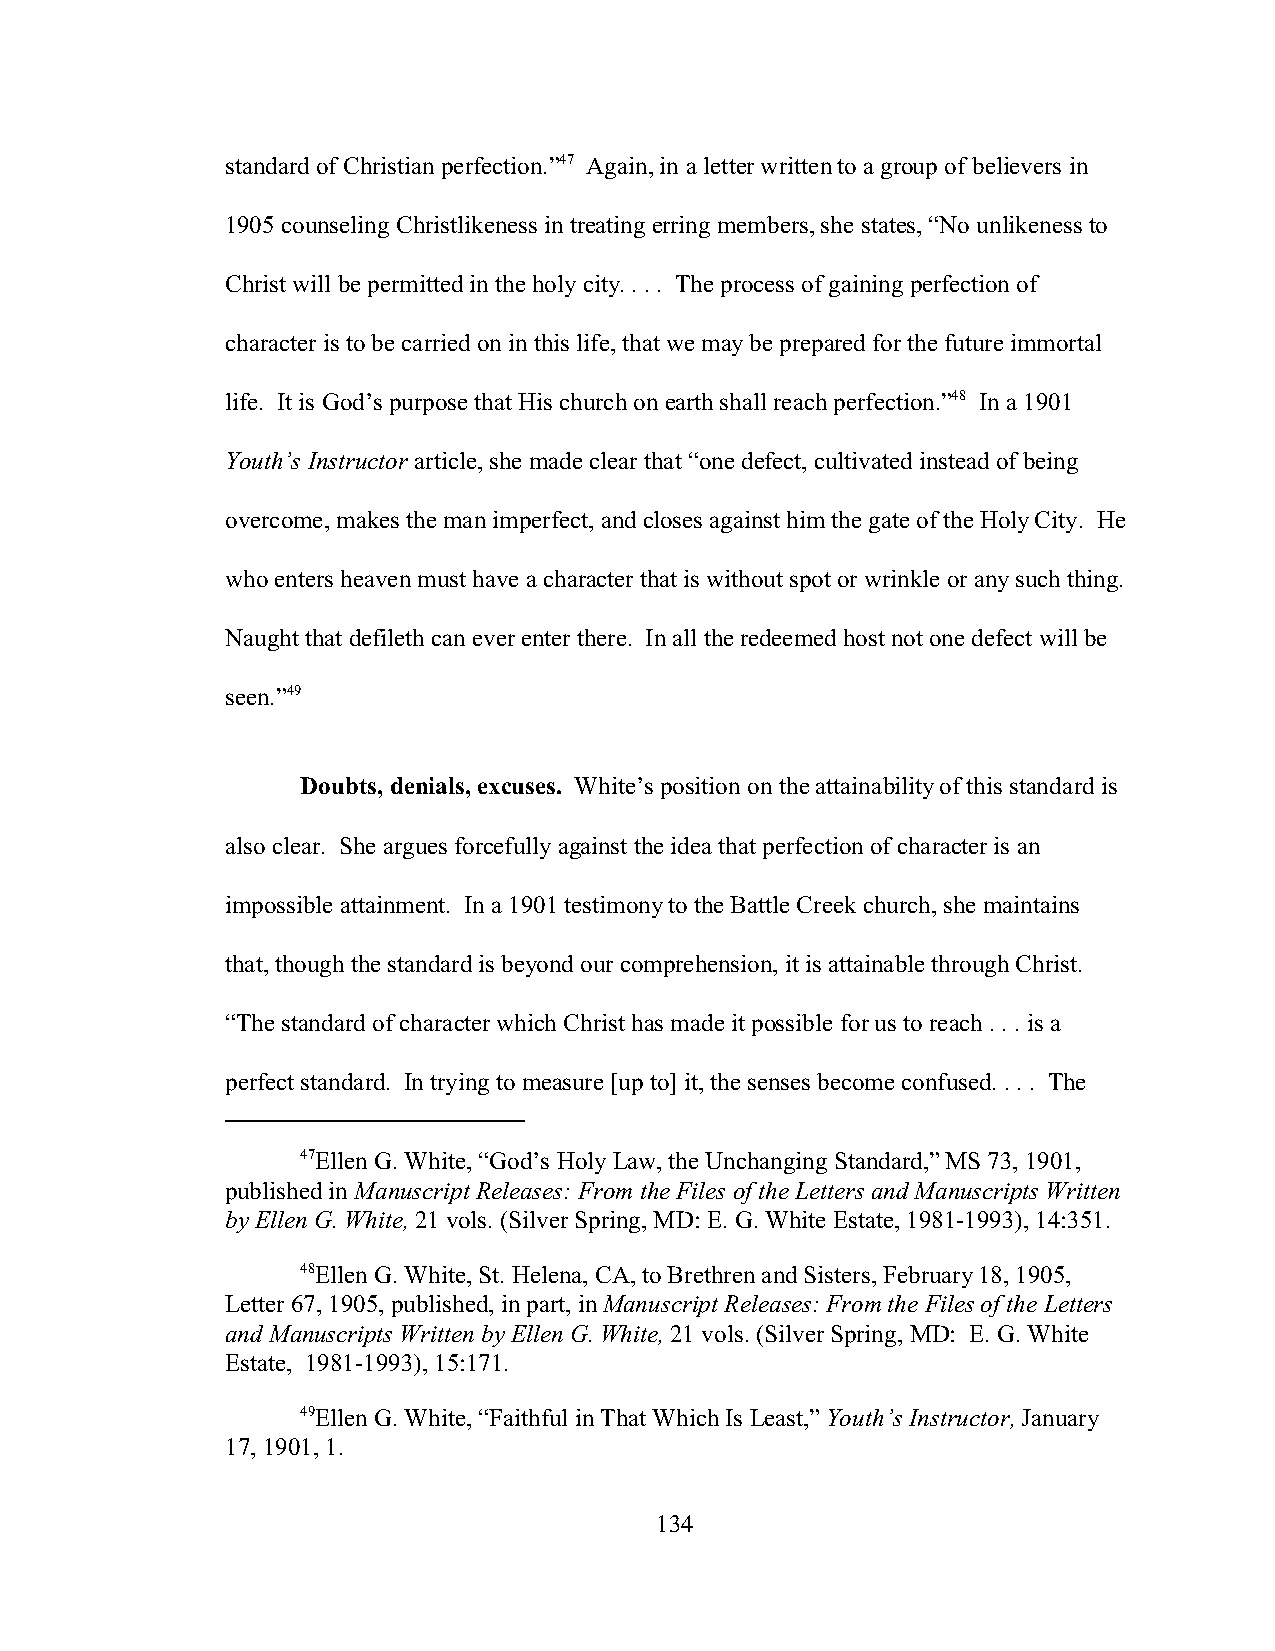
standard of Christian perfection.”47 Again, in a letter written to a group of believers in
 1905 counseling Christlikeness in treating erring members, she states, “No unlikeness to
 Christ will be permitted in the holy city. . . . The process of gaining perfection of
 character is to be carried on in this life, that we may be prepared for the future immortal
 life. It is God’s purpose that His church on earth shall reach perfection.”48 In a 1901
 Youth’s Instructor article, she made clear that “one defect, cultivated instead of being
 overcome, makes the man imperfect, and closes against him the gate of the Holy City. He
 who enters heaven must have a character that is without spot or wrinkle or any such thing.
 Naught that defileth can ever enter there. In all the redeemed host not one defect will be
 seen.”49
 Doubts, denials, excuses. White’s position on the attainability of this standard is
 also clear. She argues forcefully against the idea that perfection of character is an
 impossible attainment. In a 1901 testimony to the Battle Creek church, she maintains
 that, though the standard is beyond our comprehension, it is attainable through Christ.
 “The standard of character which Christ has made it possible for us to reach . . . is a
 perfect standard. In trying to measure [up to] it, the senses become confused. . . . The
 47Ellen G. White, “God’s Holy Law, the Unchanging Standard,” MS 73, 1901,
 published in Manuscript Releases: From the Files of the Letters and Manuscripts Written
 by Ellen G. White, 21 vols. (Silver Spring, MD: E. G. White Estate, 1981-1993), 14:351.
 48Ellen G. White, St. Helena, CA, to Brethren and Sisters, February 18, 1905,
 Letter 67, 1905, published, in part, in Manuscript Releases: From the Files of the Letters
 and Manuscripts Written by Ellen G. White, 21 vols. (Silver Spring, MD: E. G. White
 Estate, 1981-1993), 15:171.
 49Ellen G. White, “Faithful in That Which Is Least,” Youth’s Instructor, January
 17, 1901, 1.
 134